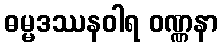
ဓမ္မဒဿနဝါရ ဝဏ္ဏနာ